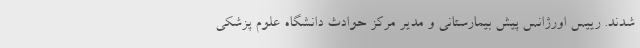
شدند. رییس اورژانس پیش بیمارستانی و مدیر مرکز حوادث دانشگاه علوم پزشکی